Scientific memoirs by medical officers of the Army of India - Part X,
Year: 1897
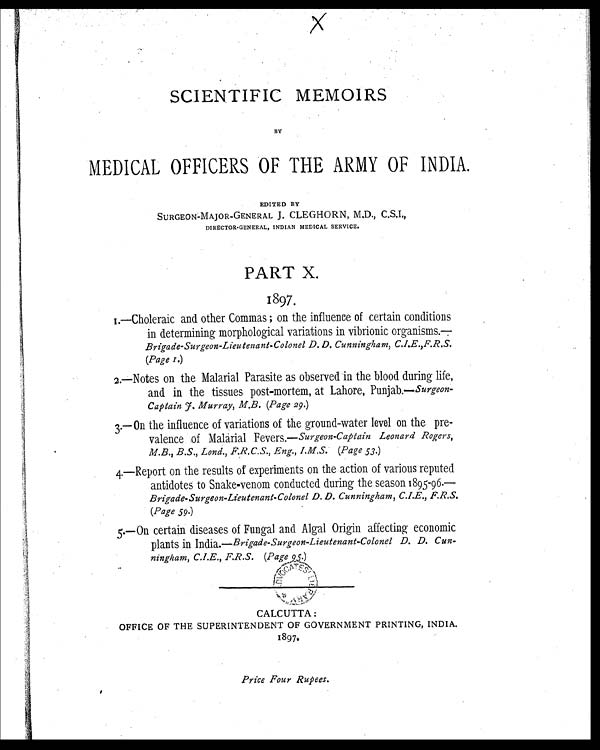
S SCIENTIFIC MEMOIRS
BY
MEDICAL OFFICERS OF THE ARMY OF INDIA.
EDITED BY
SURGEON-MAJOR-GENERAL J. CLEGHORN, M,D., C.S.I.,
DI RECTOR-GENERAL, I NDI AN MEDI CAL SERVI CE.
PART X.
1897.
1.—Choleraic and other Commas ; on the influence of certain conditions
in determining morphological variations in vibrionic organisms.
Brigade-Surgeon-Lieutenant-Colonel D. D. Cunningham, C.L. E.,F.R.S.
(Page 1.)
2.—Notes on the Malarial Parasite as observed in the blood during life,
and in the tissues post-mortem, at Lahore, Punjab.— Surgeon
- C a p t a i n J . M u r r a y , M . B . ( P a g e 2 9 . )
3.—On the influence of variations of the ground-water level on the pre
- v a l e n c e o f M a l a r i a l F e v e r s . —S
u r g e o n - C a p t a i n L e o n a r d R o g e r s ,
M.B., B.S., Lond., F.R.C.S., Eng., I.M.S. (Page 53.)
4.—Report on the results of experiments on the action of various reputed
antidotes to Snake-venom conducted during the season 1895-96.—
Brigade-Surgeon-Lieutenant-Colonel D. D. Cunningham, C.I.E., F.R.S.
(Page 59.)
5.—On certain diseases of Fungal and Algal Origin affecting economic
plants in India.—Brigade-Surgeon-Lieutenant-Colonel D. D. Cun
-ni ngham, C. I . E. , F. R. S. (Page 95. )
CALCUTTA:
OFFICE OF THE SUPERINTENDENT OF GOVERNMENT PRINTING, INDIA.
1897.
Price Four Rupees.